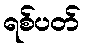
ရစ်ပတ်